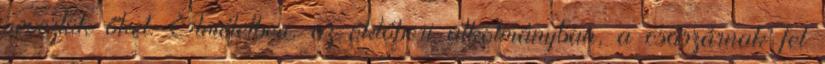
neveztük őket. Elméletben, az októberi alkotmányban, a császárnak fel